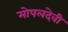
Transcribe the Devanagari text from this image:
मोपलदेवी